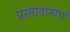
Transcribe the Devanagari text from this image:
प्रस्तावानाचा